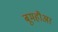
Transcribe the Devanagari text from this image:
बूमहौअर